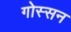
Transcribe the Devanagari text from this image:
गोस्सन